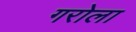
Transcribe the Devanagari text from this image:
गरोला